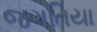
જગતિયા